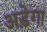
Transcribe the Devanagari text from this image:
अड़ेगा